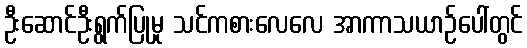
ဦးဆောင်ဦးရွက်ပြုမှု သင်ကစားလေလေ အာကာသယာဉ်ပေါ်တွင်